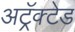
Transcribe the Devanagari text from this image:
अट्रॅक्टेड